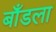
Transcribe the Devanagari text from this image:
बाँडला